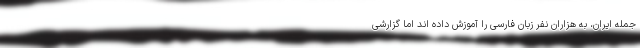
جمله ایران، به هزاران نفر زبان فارسی را آموزش داده اند اما گزارشی